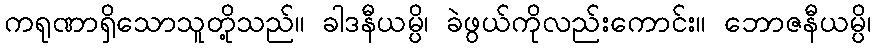
ကရုဏာရှိသောသူတို့သည်။ ခါဒနီယမ္ပိ၊ ခဲဖွယ်ကိုလည်းကောင်း။ ဘောဇနီယမ္ပိ၊